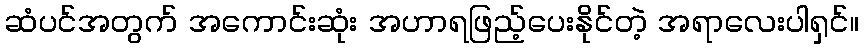
ဆံပင်အတွက် အကောင်းဆုံး အဟာရဖြည့်ပေးနိုင်တဲ့ အရာလေးပါရှင်။